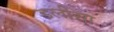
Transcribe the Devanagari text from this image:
डलीसा